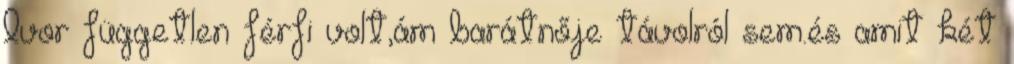
Ivor független férfi volt,ám barátnője távolról sem.és amit két